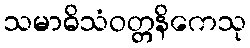
သမာဓိသံဝတ္တနိကေသု